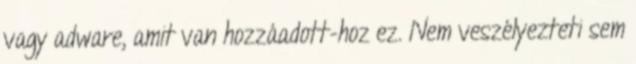
vagy adware, amit van hozzáadott-hoz ez. Nem veszélyezteti sem